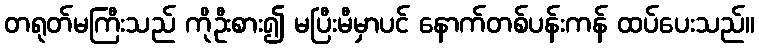
တရုတ်မကြီးသည် ကိုဦးစား၍ မပြီးမီမှာပင် နောက်တစ်ပန်းကန် ထပ်ပေးသည်။